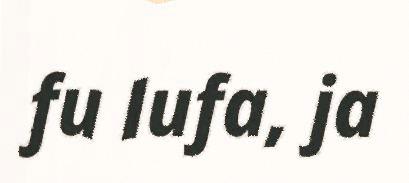
fu lufa, ja